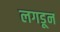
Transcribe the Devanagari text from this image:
लगडून